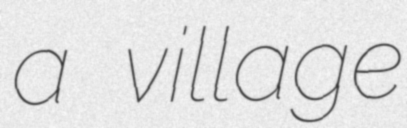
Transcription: a village